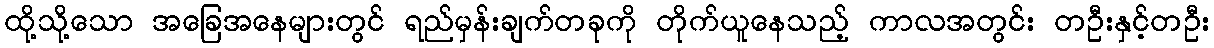
ထို့သို့သော အခြေအနေများတွင် ရည်မှန်းချက်တခုကို တိုက်ယူနေသည့် ကာလအတွင်း တဦးနှင့်တဦး